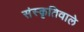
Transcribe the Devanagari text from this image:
संस्कृतिवाले